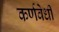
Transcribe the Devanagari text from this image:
कर्णवेधी